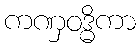
ကဏှဝဒ္ဓိကာ